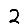
Digit: 2